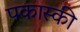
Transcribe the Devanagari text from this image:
पकास्की